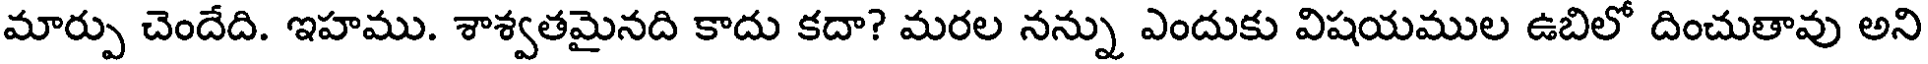
మార్పు చెందేది. ఇహము. శాశ్వతమైనది కాదు కదా? మరల నన్ను ఎందుకు విషయముల ఉబిలో దించుతావు అని